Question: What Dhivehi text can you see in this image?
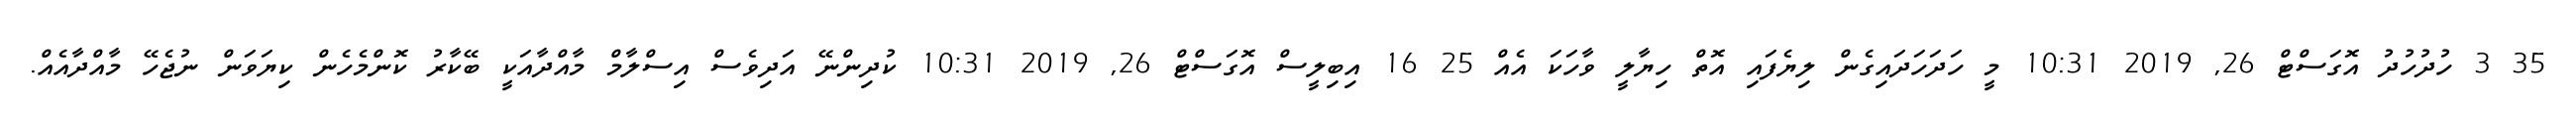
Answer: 35 3 ހުދުހުދު އޮގަސްޓް 26, 2019 10:31 މީ ހަދަހަދައިގެން ލިޔެފައި އޮތް ހިޔާލީ ވާހަކަ އެއް 25 16 އިބިލީސް އޮގަސްޓް 26, 2019 10:31 ކުދިންނޭ އަދިވެސް އިސްލާމް މާއްދާއަކީ ބޭކާރު ކޮންމެހެން ކިޔަވަން ނުޖެހޭ މާއްދާއެއް.